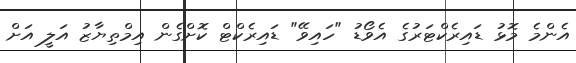
އެންމެ މޮޅު ޑައިރެކްޓަރުގެ އެވޯޑު "ހައިވޭ" ޑައިރެކްޓް ކޮށްގެން އިމްތިޔާޒު އަލީ އަށް